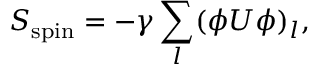
S _ { \mathrm { s p i n } } = - \gamma \sum _ { l } ( \phi U \phi ) _ { l } ,